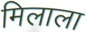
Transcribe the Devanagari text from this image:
मिलाला